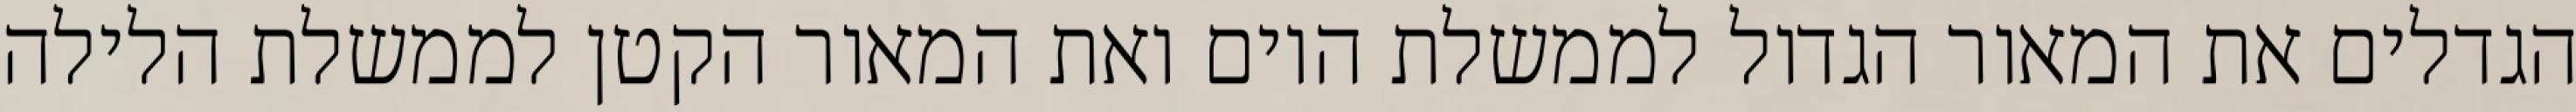
הגדלים את המאור הגדול לממשלת היום ואת המאור הקטן לממשלת הלילה